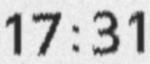
17:31